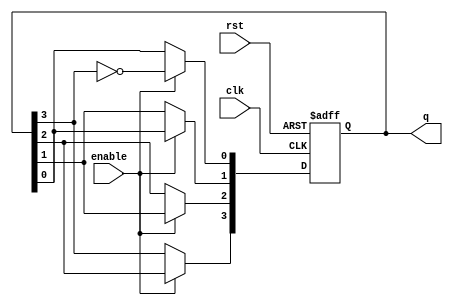
module johnson_counter(
    input wire clk,            // Clock input
    input wire rst,            // Asynchronous reset
    input wire enable,         // Enable signal
    output reg [3:0] q         // 4-bit output representing the counter state
);

    always @(posedge clk or posedge rst) begin
        if (rst) begin
            // Asynchronous reset: set all flip-flops to 0
            q <= 4'b0000;
        end else if (enable) begin
            // Johnson counter logic
            q[0] <= ~q[3];        // Inverted output of last flip-flop fed to first flip-flop
            q[1] <= q[0];         // Shift state
            q[2] <= q[1];         // Shift state
            q[3] <= q[2];         // Shift state
        end
        // If enable is low, retain current state (no else branch needed)
    end

endmodule